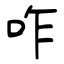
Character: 咋